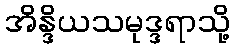
အိန္ဒိယသမုဒ္ဒရာသို့